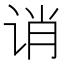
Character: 诮